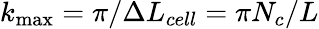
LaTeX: {{k}_{\operatorname*{max}}}={\pi}/{\Delta{{L}_{cell}}}={\pi{{N}_{c}}}/{L}